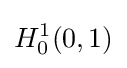
H_{0}^{1}(0,1)